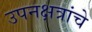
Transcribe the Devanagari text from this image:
उपनक्षत्रांचे